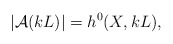
\begin{align*} |\mathcal{A}(kL)|=h^0(X,kL),\end{align*}